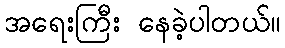
အရေးကြီး နေခဲ့ပါတယ်။